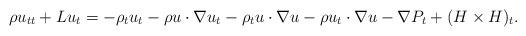
LaTeX: \begin{align*}\rho u_{tt}+Lu_t=-\rho_tu_t -\rho u\cdot\nabla u_t-\rho_t u\cdot\nabla u-\rho u_t\cdot\nabla u-\nabla P_t +(H\times H)_t.\end{align*}